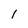
Character: I